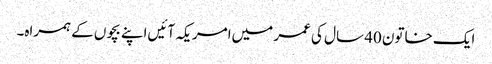
ایک خاتون 40 سال کی عمر میں‌امریکہ آئیں‌اپنے بچوں کے ہمراہ۔